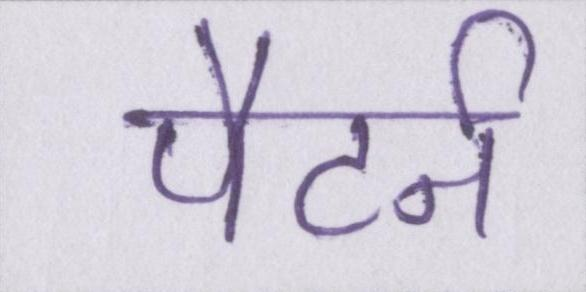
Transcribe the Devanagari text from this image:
पैटर्न